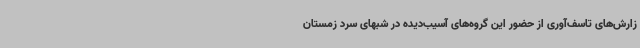
زارش‌های تاسف‌آوری از حضور این گروه‌های آسیب‌دیده در شبهای سرد زمستان